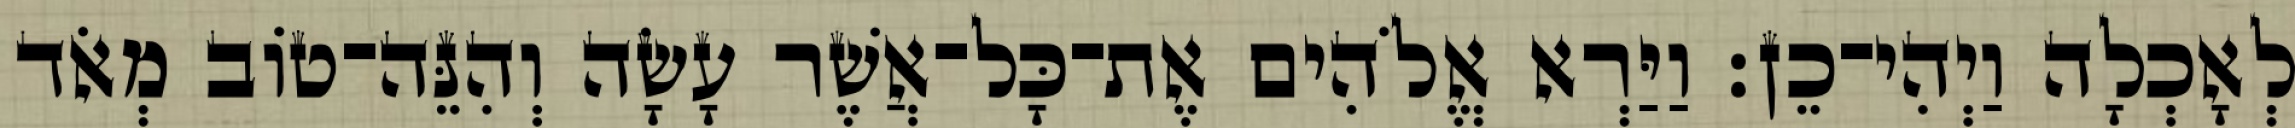
לְאָכְלָה וַיְהִי־כֵן׃ וַיַּרְא אֱלֹהִים אֶת־כָּל־אֲשֶׁר עָשָׂה וְהִנֵּה־טֹוב מְאֹד